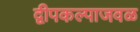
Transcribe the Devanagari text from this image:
द्वीपकल्पाजवळ